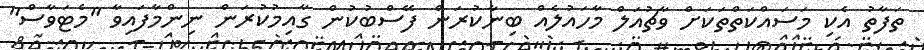
ތަފާތު އެކި މަސައްކަތްތަކަށް ވާޗުއަލް މާހައުލެއް ބިނާކުރަން ފޭސްބުކުން ގާއިމުކުރަން ނިންމާފައިވާ "މެޓަވާސް"